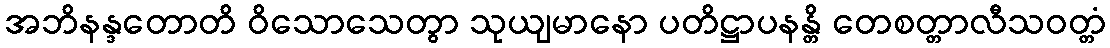
အဘိနန္ဒတောတိ ဝိသောသေတွာ သုယျမာနော ပတိဋ္ဌာပနန္တိ တေစတ္တာလီသဝတ္တံ